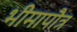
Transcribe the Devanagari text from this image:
भीमापौत्र